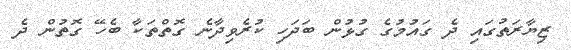
ޒިޔާރަތުގައި ދެ ގައުމުގެ ގުޅުން ބަދަހި ކުރެވިދާނެ ގޮތްތަކާ ބެހޭ ގޮތުން ދެ